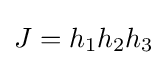
J=h_{1}h_{2}h_{3}